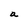
Character: a